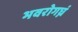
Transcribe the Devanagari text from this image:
भवरोगघ्नं